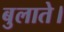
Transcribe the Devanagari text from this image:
बुलाते।